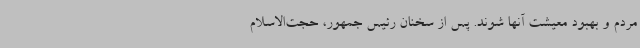
مردم و بهبود معیشت آنها شوند. پس از سخنان رئیس جمهور، حجت‌الاسلام